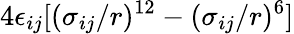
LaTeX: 4\epsilon_{ij}[(\sigma_{ij}/r)^{12}-(\sigma_{ij}/r)^{6}]